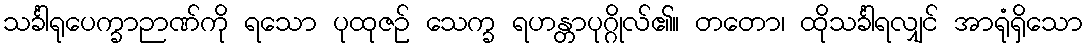
သင်္ခါရုပေက္ခာဉာဏ်ကို ရသော ပုထုဇဉ် သေက္ခ ရဟန္တာပုဂ္ဂိုလ်၏။ တတော၊ ထိုသင်္ခါရလျှင် အာရုံရှိသော